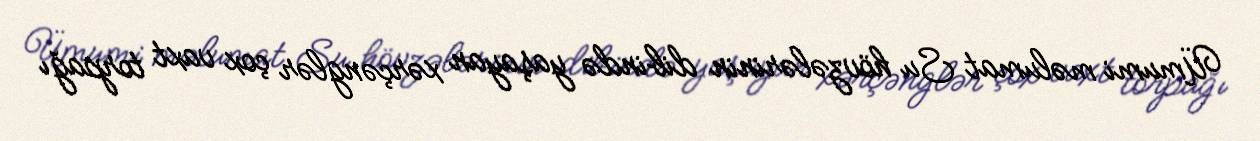
Ümumi məlumat Su hövzələrinin dibində yaşayan xərçənglər çox vaxt torpağı